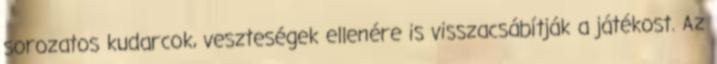
sorozatos kudarcok, veszteségek ellenére is visszacsábítják a játékost. Az